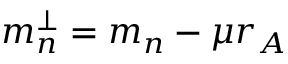
m _ { n } ^ { \perp } = m _ { n } - \mu r _ { A }